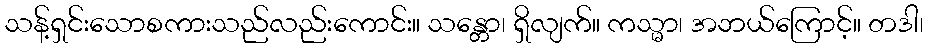
သန့်ရှင်းသောစကားသည်လည်းကောင်း။ သန္တော၊ ရှိလျက်။ ကသ္မာ၊ အဘယ်ကြောင့်။ တဒါ၊